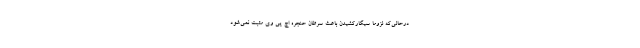
درحالی‌که لزوماً سیگارکشیدن باعث سرطان حنجره اچ پی وی مثبت نمی‌شود